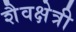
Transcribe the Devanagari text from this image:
शैवक्षेत्री